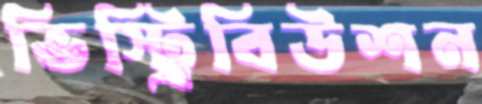
ভিস্ট্রিবিউশন